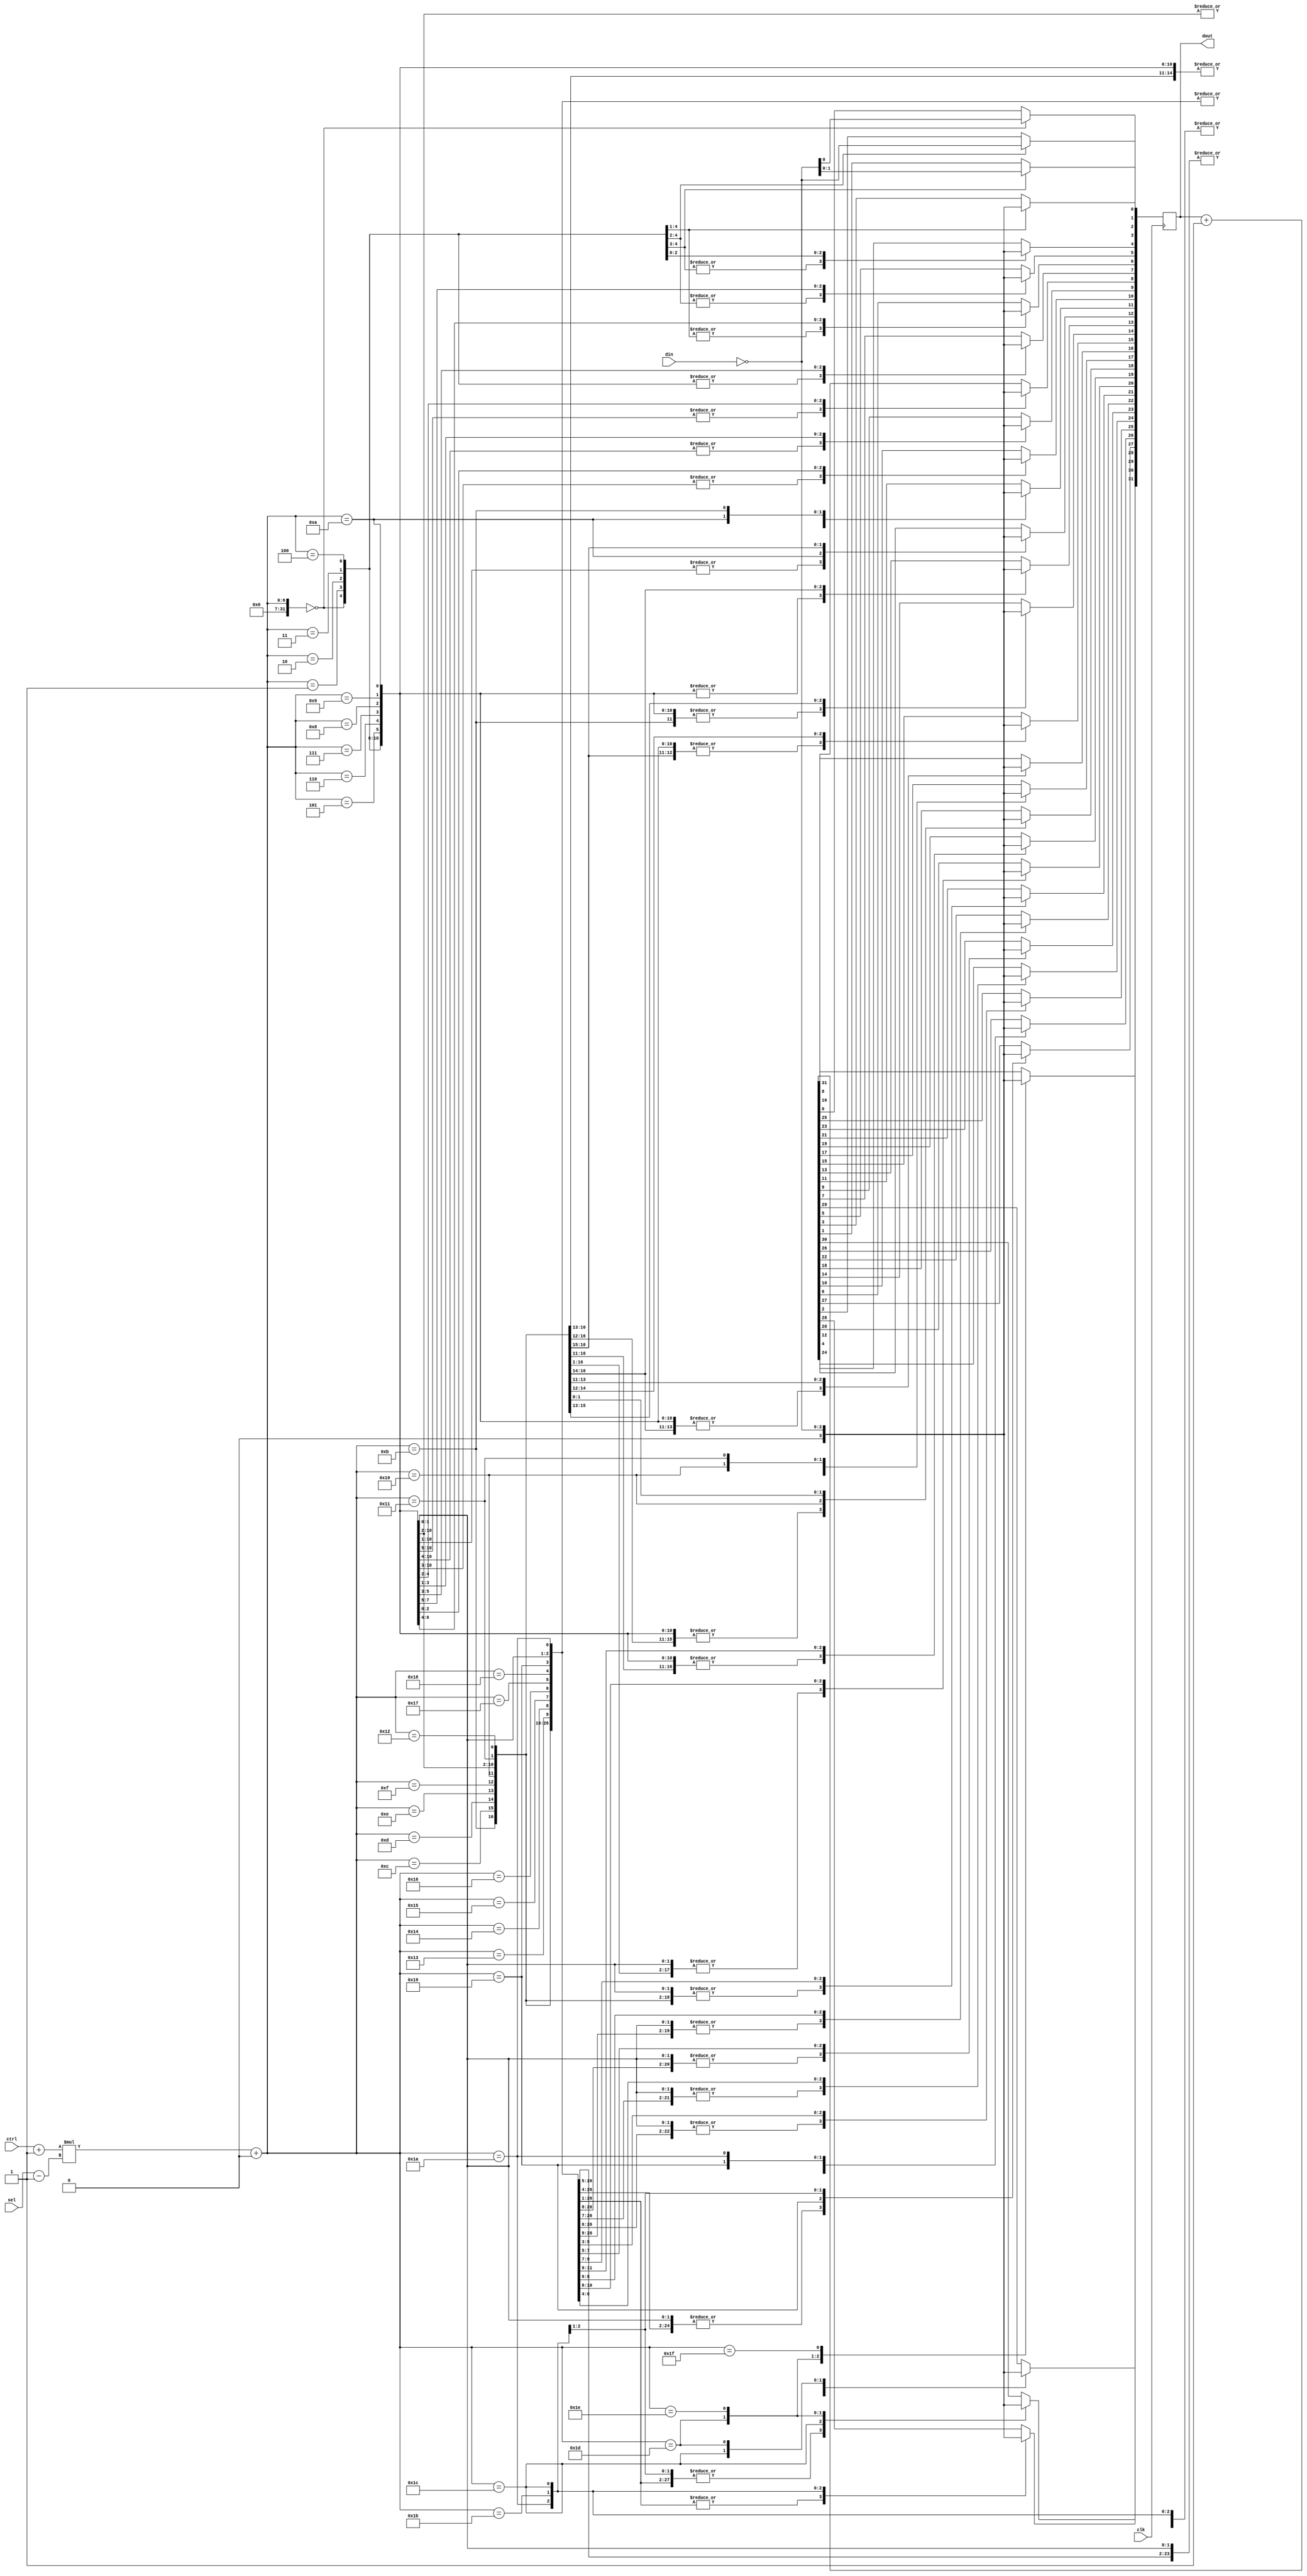
`default_nettype none
module multiple_blocking_gate (clk, ctrl, din, sel, dout);
   input wire clk;
   input wire [4:0] ctrl;
   input wire [1:0] din;
   input wire [0:0] sel;
   output reg [31:0] dout;
   reg [5:0] 	     a;
   reg [0:0] 	     b;
   reg [2:0] 	     c;
   always @(posedge clk)
     begin
        a = (ctrl)+(1);
        b = (sel)-(1);
        c = ~(din);
        dout = (dout)+(1);
        case (({(a)*(b)})+(0))
          0:
            dout[31:0] = c;
          1:
            dout[31:1] = c;
          2:
            dout[31:2] = c;
          3:
            dout[31:3] = c;
          4:
            dout[31:4] = c;
          5:
            dout[31:5] = c;
          6:
            dout[31:6] = c;
          7:
            dout[31:7] = c;
          8:
            dout[31:8] = c;
          9:
            dout[31:9] = c;
          10:
            dout[31:10] = c;
          11:
            dout[31:11] = c;
          12:
            dout[31:12] = c;
          13:
            dout[31:13] = c;
          14:
            dout[31:14] = c;
          15:
            dout[31:15] = c;
          16:
            dout[31:16] = c;
          17:
            dout[31:17] = c;
          18:
            dout[31:18] = c;
          19:
            dout[31:19] = c;
          20:
            dout[31:20] = c;
          21:
            dout[31:21] = c;
          22:
            dout[31:22] = c;
          23:
            dout[31:23] = c;
          24:
            dout[31:24] = c;
          25:
            dout[31:25] = c;
          26:
            dout[31:26] = c;
          27:
            dout[31:27] = c;
          28:
            dout[31:28] = c;
          29:
            dout[31:29] = c;
          30:
            dout[31:30] = c;
          31:
            dout[31:31] = c;
        endcase
     end
endmodule